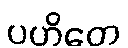
ပဟိတေ